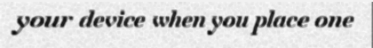
your device when you place one